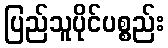
ပြည်သူပိုင်ပစ္စည်း